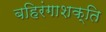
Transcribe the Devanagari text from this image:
बहिरंगाशक्ति